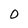
Character: O